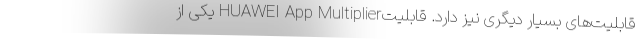
قابلیت‌های بسیار دیگری نیز دارد. قابلیتHUAWEI App Multiplier یکی از